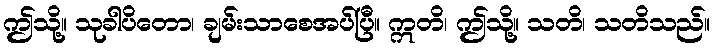
ဤသို့။ သုခါပိတော၊ ချမ်းသာစေအပ်ပြီ။ ဣတိ၊ ဤသို့။ သတိ၊ သတိသည်။